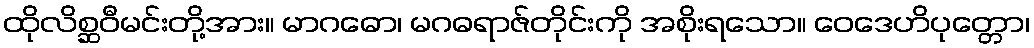
ထိုလိစ္ဆဝီမင်းတို့အား။ မာဂဓော၊ မဂဓရာဇ်တိုင်းကို အစိုးရသော။ ဝေဒေဟိပုတ္တော၊